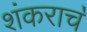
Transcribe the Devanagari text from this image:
शंकराच॓